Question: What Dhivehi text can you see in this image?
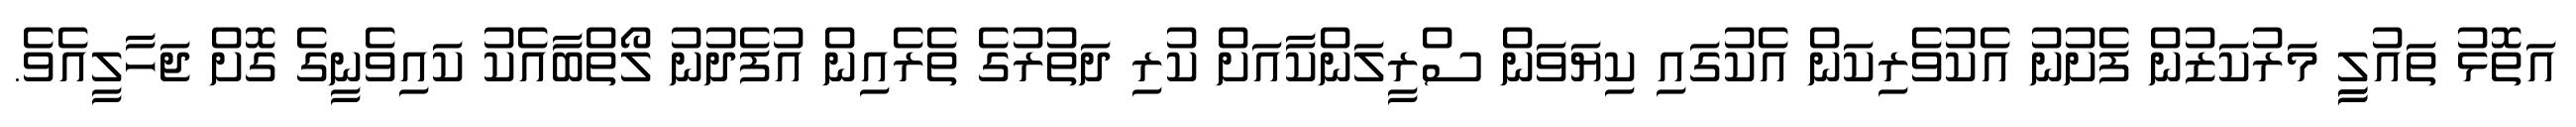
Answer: އަތޮޅު ތައުލީީ މަރުކަޒުން ފެށުނު އެކުވެރިކަން އެކުގައި ކިޔަވަން ސްރީލަންކާއަށް ކުރި ދަތުރުގެ ތެރެއިން އުފެދުނު ލޯތްބާއެކު ކައިވެނީގެ ގޮށް ޖަހާލީއެވެ.